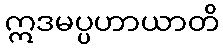
ဣဒမပ္ပဟာယာတိ